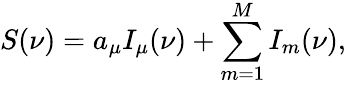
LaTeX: S(\nu)=a_{\mu}I_{\mu}(\nu)+\sum_{m=1}^{M}I_{m}(\nu),